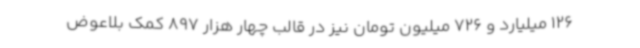
126 میلیارد و 726 میلیون تومان نیز در قالب چهار هزار 897 کمک بلاعوض